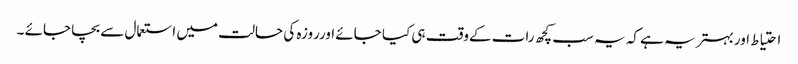
احتیاط اوربہتر یہ ہے کہ یہ سب کچھ رات کےوقت ہی کیا جائے اورروزہ کی حالت میں استعمال سے بچا جائے ۔